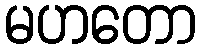
မဟတော